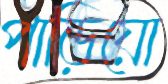
পাড়িয়ো